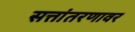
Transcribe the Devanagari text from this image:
सत्तांतरणावर